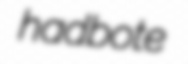
hadbote